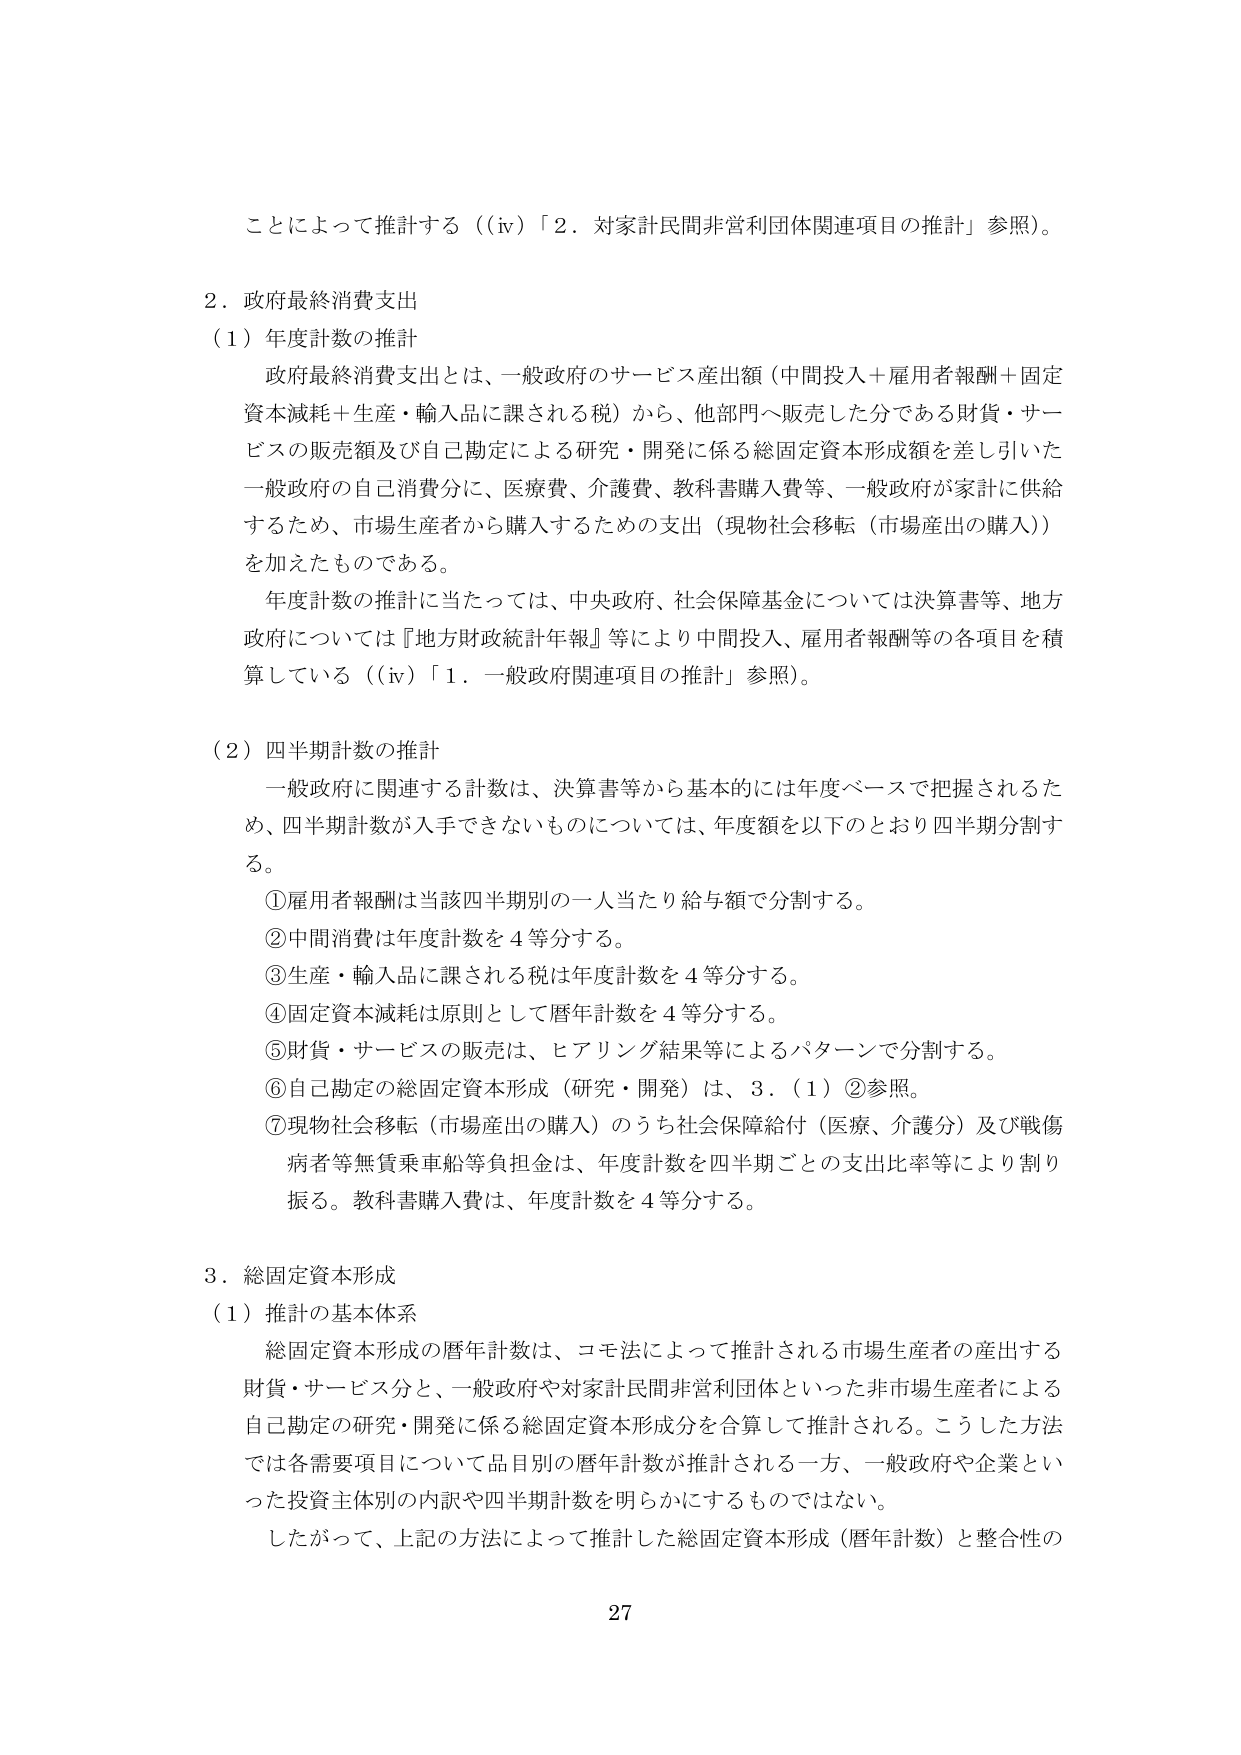
ことによって推計する（(iv)「2．対家計民間非営利団体関連項目の推計」参照）。

2．政府最終消費支出
（1）年度計数の推計
　政府最終消費支出とは、一般政府のサービス産出額（中間投入＋雇用者報酬＋固定資本減耗＋生産・輸入品に課される税）から、他部門へ販売した分である財貨・サービスの販売額及び自己勘定による研究・開発に係る総固定資本形成額を差し引いた一般政府の自己消費分に、医療費、介護費、教科書購入費等、一般政府が家計に供給するため、市場生産者から購入するための支出（現物社会移転（市場産出の購入））を加えたものである。
　年度計数の推計に当たっては、中央政府、社会保障基金については決算書等、地方政府については『地方財政統計年報』等により中間投入、雇用者報酬等の各項目を積算している（(iv)「1．一般政府関連項目の推計」参照）。

（2）四半期計数の推計
　一般政府に関連する計数は、決算書等から基本的には年度ベースで把握されるため、四半期計数が入手できないものについては、年度額を以下のとおり四半期分割する。
　①雇用者報酬は当該四半期別の一⼈当たり給与額で分割する。
　②中間消費は年度計数を4等分する。
　③生産・輸入品に課される税は年度計数を4等分する。
　④固定資本減耗は原則として暦年計数を4等分する。
　⑤財貨・サービスの販売は、ヒアリング結果等によるパターンで分割する。
　⑥自己勘定の総固定資本形成（研究・開発）は、3．（1）②参照。
　⑦現物社会移転（市場産出の購入）のうち社会保障給付（医療、介護分）及び戦傷病者等無賃乗車船等負担金は、年度計数を四半期ごとの支出比率等により割り振る。教科書購入費は、年度計数を4等分する。

3．総固定資本形成
（1）推計の基本体系
　総固定資本形成の暦年計数は、コモ法によって推計される市場生産者の産出する財貨・サービス分と、一般政府や対家計民間非営利団体といった非市場生産者による自己勘定の研究・開発に係る総固定資本形成分を合算して推計される。こうした方法では各需要項目について品目別の暦年計数が推計される一方、一般政府や企業といった投資主体別の内訳や四半期計数を明らかにするものではない。
　したがって、上記の方法によって推計した総固定資本形成（暦年計数）と整合性の

27